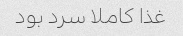
غذا کاملا سرد بود